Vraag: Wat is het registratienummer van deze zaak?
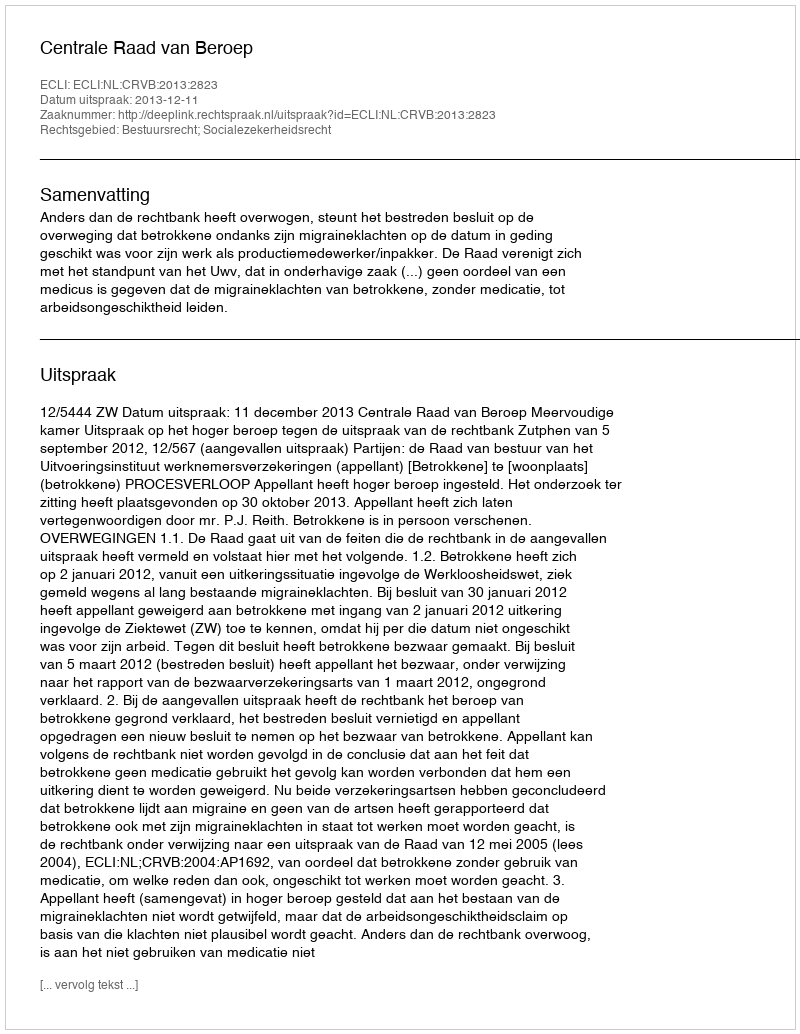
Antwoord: http://deeplink.rechtspraak.nl/uitspraak?id=ECLI:NL:CRVB:2013:2823